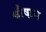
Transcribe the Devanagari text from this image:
चौषान